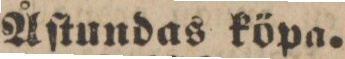
Åſtundas köpa.